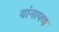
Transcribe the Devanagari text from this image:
यांनापण